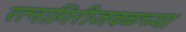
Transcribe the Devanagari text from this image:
रत्‍नागिरीजवळच्या